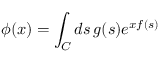
\phi ( x ) = \int _ { C } d s \, g ( s ) e ^ { x f ( s ) }